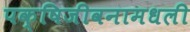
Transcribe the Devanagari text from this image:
पक्षिजीवनामधली